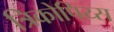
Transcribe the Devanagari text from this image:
त्रिकोपिय्स